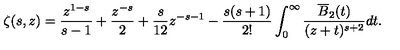
\zeta ( s , z ) = \frac { z ^ { 1 - s } } { s - 1 } + \frac { z ^ { - s } } { 2 } + \frac { s } { 1 2 } z ^ { - s - 1 } - \frac { s ( s + 1 ) } { 2 ! } \int _ { 0 } ^ { \infty } \frac { \overline { { B } } _ { 2 } ( t ) } { ( z + t ) ^ { s + 2 } } d t .